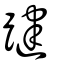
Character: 踺